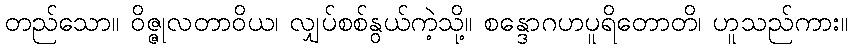
တည်သော။ ဝိဇ္ဇုလတာဝိယ၊ လျှပ်စစ်နွယ်ကဲ့သို့။ စန္ဒောဂဟပူရိတောတိ၊ ဟူသည်ကား။